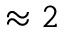
\approx 2